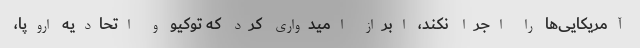
آمریکایی‌ها را اجرا نکند، ابراز امیدواری کرد که توکیو و اتحادیه اروپا،